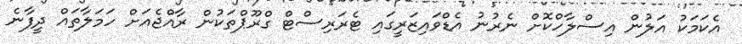
އެކަމަކު އަލުން އިސްލާހްކޮށް ނެރުނު އެޑްވައިޒަރީގައި ޓެރަރިސްޓް ގްރޫޕްތަކުން ރާއްޖެއަށް ހަމަލާތައް ދީފާނެ